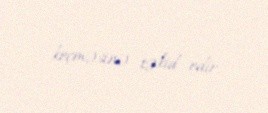
keçməsinə təkid edir.